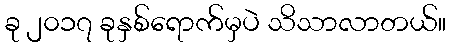
ခု ၂၀၁၇ ခုနှစ်ရောက်မှပဲ သိသာလာတယ်။